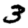
Digit: 3